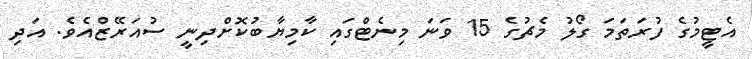
އެޓީމުގެ ފުރަތަމަ ގޯލު މެޗުގެ 15 ވަނަ މިނެޓްގައި ކާމިޔާބުކޮށްދިނީ ސުއަރޭޒްއެވެ. އަދި